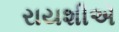
રાયશીએ